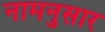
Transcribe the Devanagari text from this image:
नामनुसार